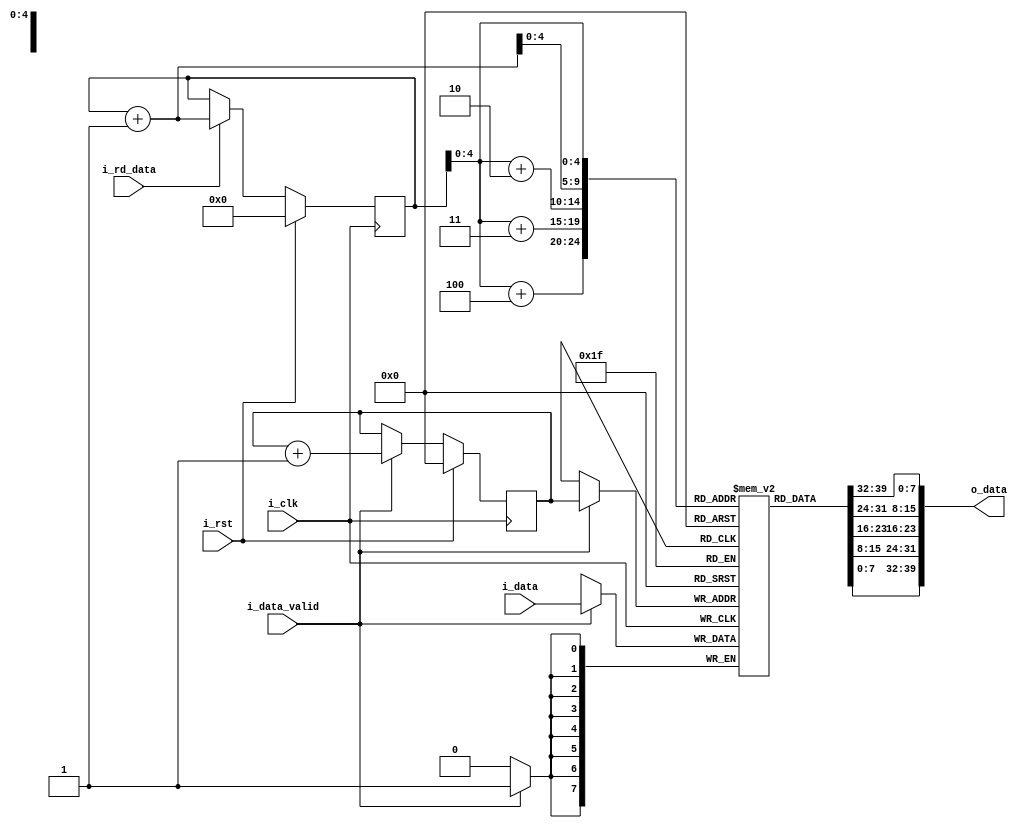
`timescale 1ns / 1ps
//////////////////////////////////////////////////////////////////////////////////
// Company: 
// Engineer: 
// 
// Design Name: 
// Module Name: lineBuffer
// Project Name: 
// Target Devices: 
// Tool Versions: 
// Description: 
// 
// Dependencies: 
// 
// Revision:
// Revision 0.01 - File Created
// Additional Comments:
// 
//////////////////////////////////////////////////////////////////////////////////


module lineBuffer(
input   i_clk,
input   i_rst,
input [7:0] i_data,// one pixel  is comming at a time 
input   i_data_valid,
output [39:0] o_data,// output 5 pixel (each having 8 bit)
input i_rd_data// there should be some signal which should indicate data should be read from line buffer
);

reg [7:0] line [31:0]; //line buffer is also memory . so each having 8  bit and there are (32)
reg [4:0] wrPntr;//we need wrpntr pointer in which location we are writing
reg [5:0] rdPntr;//  we need rdpntr to read 
// so we need some variable(wrpntr) over here we
//need some register which will basically
//tell me in which memory location this
//new data should be stored
//okay so let's call that register right
//point because it's similar to a point in
//software what should be the size of the
//right pointer and the size of the right
//pointer will be log to the base to the
//depth of your memory
//between 0 to Phi 4 right so log of 32
always @(posedge i_clk)
begin
    if(i_data_valid)
        line[wrPntr] <= i_data;
end

always @(posedge i_clk)
begin
    if(i_rst)
        wrPntr <= 'd0;
    else if(i_data_valid)
        wrPntr <= wrPntr + 'd1;
end

assign o_data = {line[rdPntr],line[rdPntr+1],line[rdPntr+2],line[rdPntr+3],line[rdPntr+4]};

always @(posedge i_clk)
begin
    if(i_rst)
        rdPntr <= 'd0;
    else if(i_rd_data)
        rdPntr <= rdPntr + 'd1;
end


endmodule